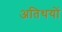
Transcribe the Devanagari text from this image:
अतिथयों